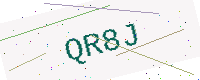
Text: QR8J